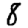
Digit: 8